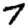
Digit: 7